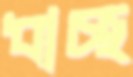
ধাচ্ছ